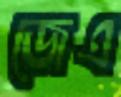
জেএ